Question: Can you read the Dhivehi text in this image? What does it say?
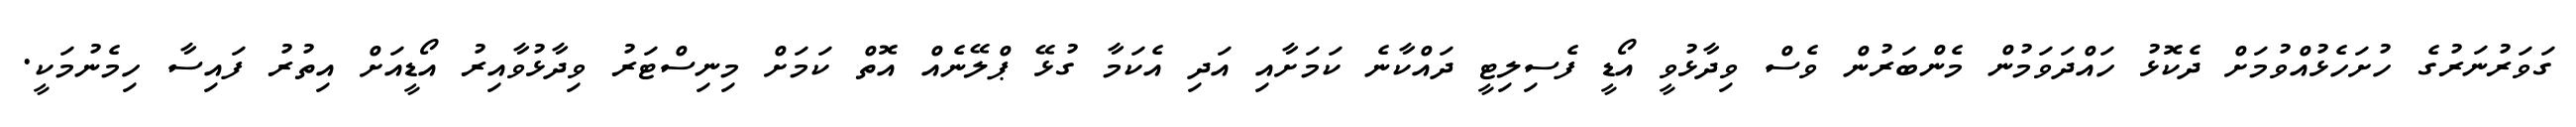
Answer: ގަވަރުނަރުގެ ހުށަހެޅުއްވުމަށް ދެކޮޅު ހައްދަވަމުން މެންބަރުން ވެސް ވިދާޅުވީ އޯޑީ ފެސިލިޓީ ދައްކާނެ ކަމަށާއި އަދި އެކަމާ ގުޅޭ ޕްލޭނެއް އޮތް ކަމަށް މިނިސްޓަރު ވިދާޅުވާއިރު އޯޑީއަށް އިތުރު ފައިސާ ހިމެނުމަކީ.